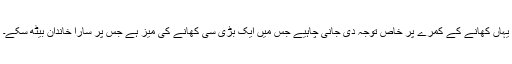
یہاں کھانے کے کمرے پر خاص توجہ دی جانی چاہیے جس میں ایک بڑی سی کھانے کی میز ہے جس پر سارا خاندان بیٹھ سکے۔